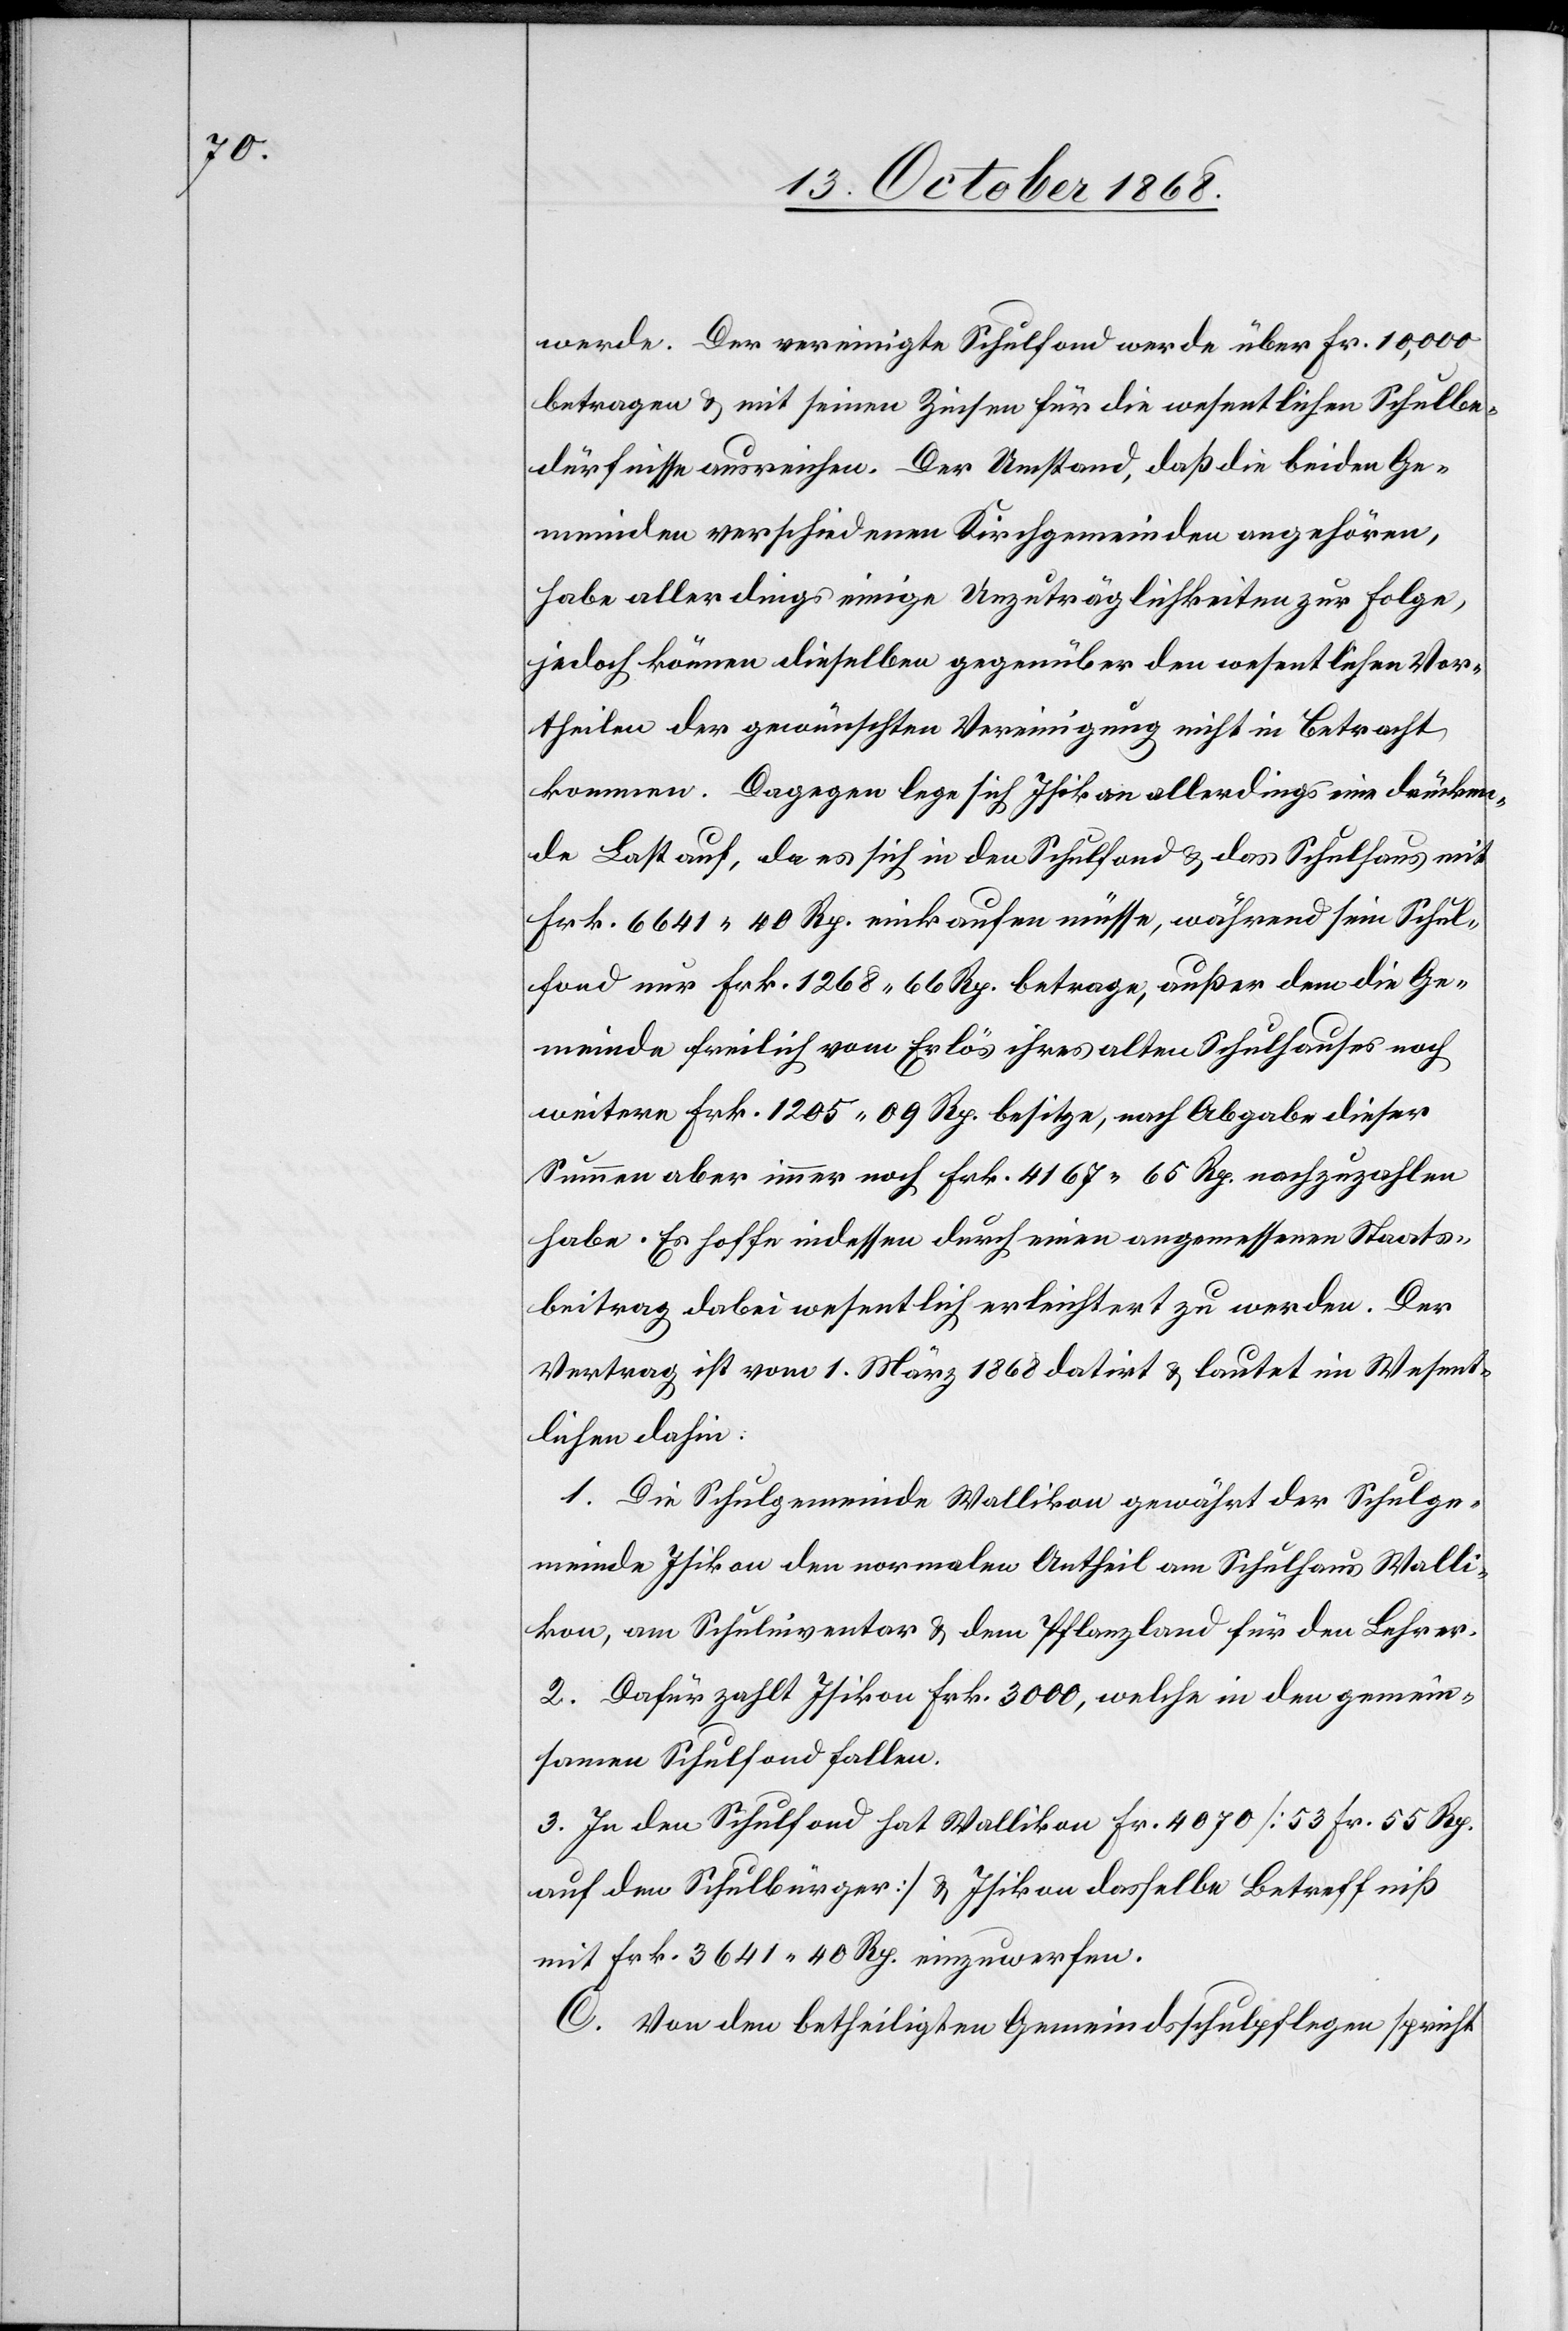
werde. Der vereinigte Schulfond werde über Fr. 10,000
betragen & mit seinen Zinsen für die wesentlichen Schulbe¬
dürfnisse ausreichen. Der Umstand, daß die beiden Ge¬
meinden verschiedenen Kirchgemeinden angehören,
habe allerdings einige Unzuträglichkeiten zur Folge,
jedoch können dieselben gegenüber den wesentlichen Vor¬
theilen der gewünschten Vereinigung nicht in Betracht
kommen. Dagegen lege sich Isikon allerdings eine drücken¬
de Last auf, da es sich in den Schulfond & das Schulhaus mit
Frk. 6641 40 Rp. einkaufen müsse, während sein Schul¬
fond nur Frk. 1268 66 Rp. betrage, außer dem die Ge¬
meinde freilich vom Erlös ihres alten Schulhauses noch
weitere Frk. 1205 09 Rp. besitze, nach Abgabe dieser
Summen aber immer noch Frk. 4167 65 Rp. nachzuzahlen
habe. Es hoffe indessen durch einen angemessenen Staats¬
beitrag dabei wesentlich erleichtert zu werden. Der
Vertrag ist vom 1. März 1868 datirt & lautet im Wesent¬
lichen dahin:
1. Die Schulgemeinde Wallikon gewährt der Schulge¬
meinde Isikon den normalen Antheil am Schulhaus Walli¬
kon, am Schulinventar & dem Pflanzland für den Lehrer.
2. Dafür zahlt Isikon Frk. 3000, welche in den gemein¬
samen Schulfond fallen.
3. In den Schulfond hat Wallikon Fr. 4070 [53 Fr. 55 Rp.
auf den Schulbürger] & Isikon dasselbe Betreffniß
mit Frk. 3641 40 Rp. einzuwerfen.
C. Von den betheiligten Gemeindsschulpflegen spricht